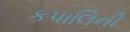
કપાલિની